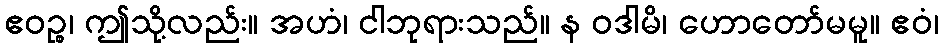
ဧဝဉ္စ၊ ဤသို့လည်း။ အဟံ၊ ငါဘုရားသည်။ န ဝဒါမိ၊ ဟောတော်မမူ။ ဧဝံ၊